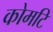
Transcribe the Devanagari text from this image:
कोमटि